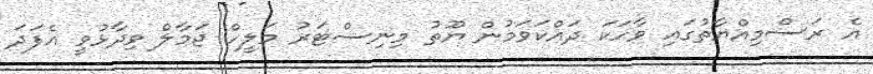
އެ ރަސްމިއްޔާތުގައި ވާހަކަ ދައްކަވަމުން ޔޫތު މިނިސްޓަރު މަލީހް ޖަމާލް ވިދާޅުވީ އެފަދަ